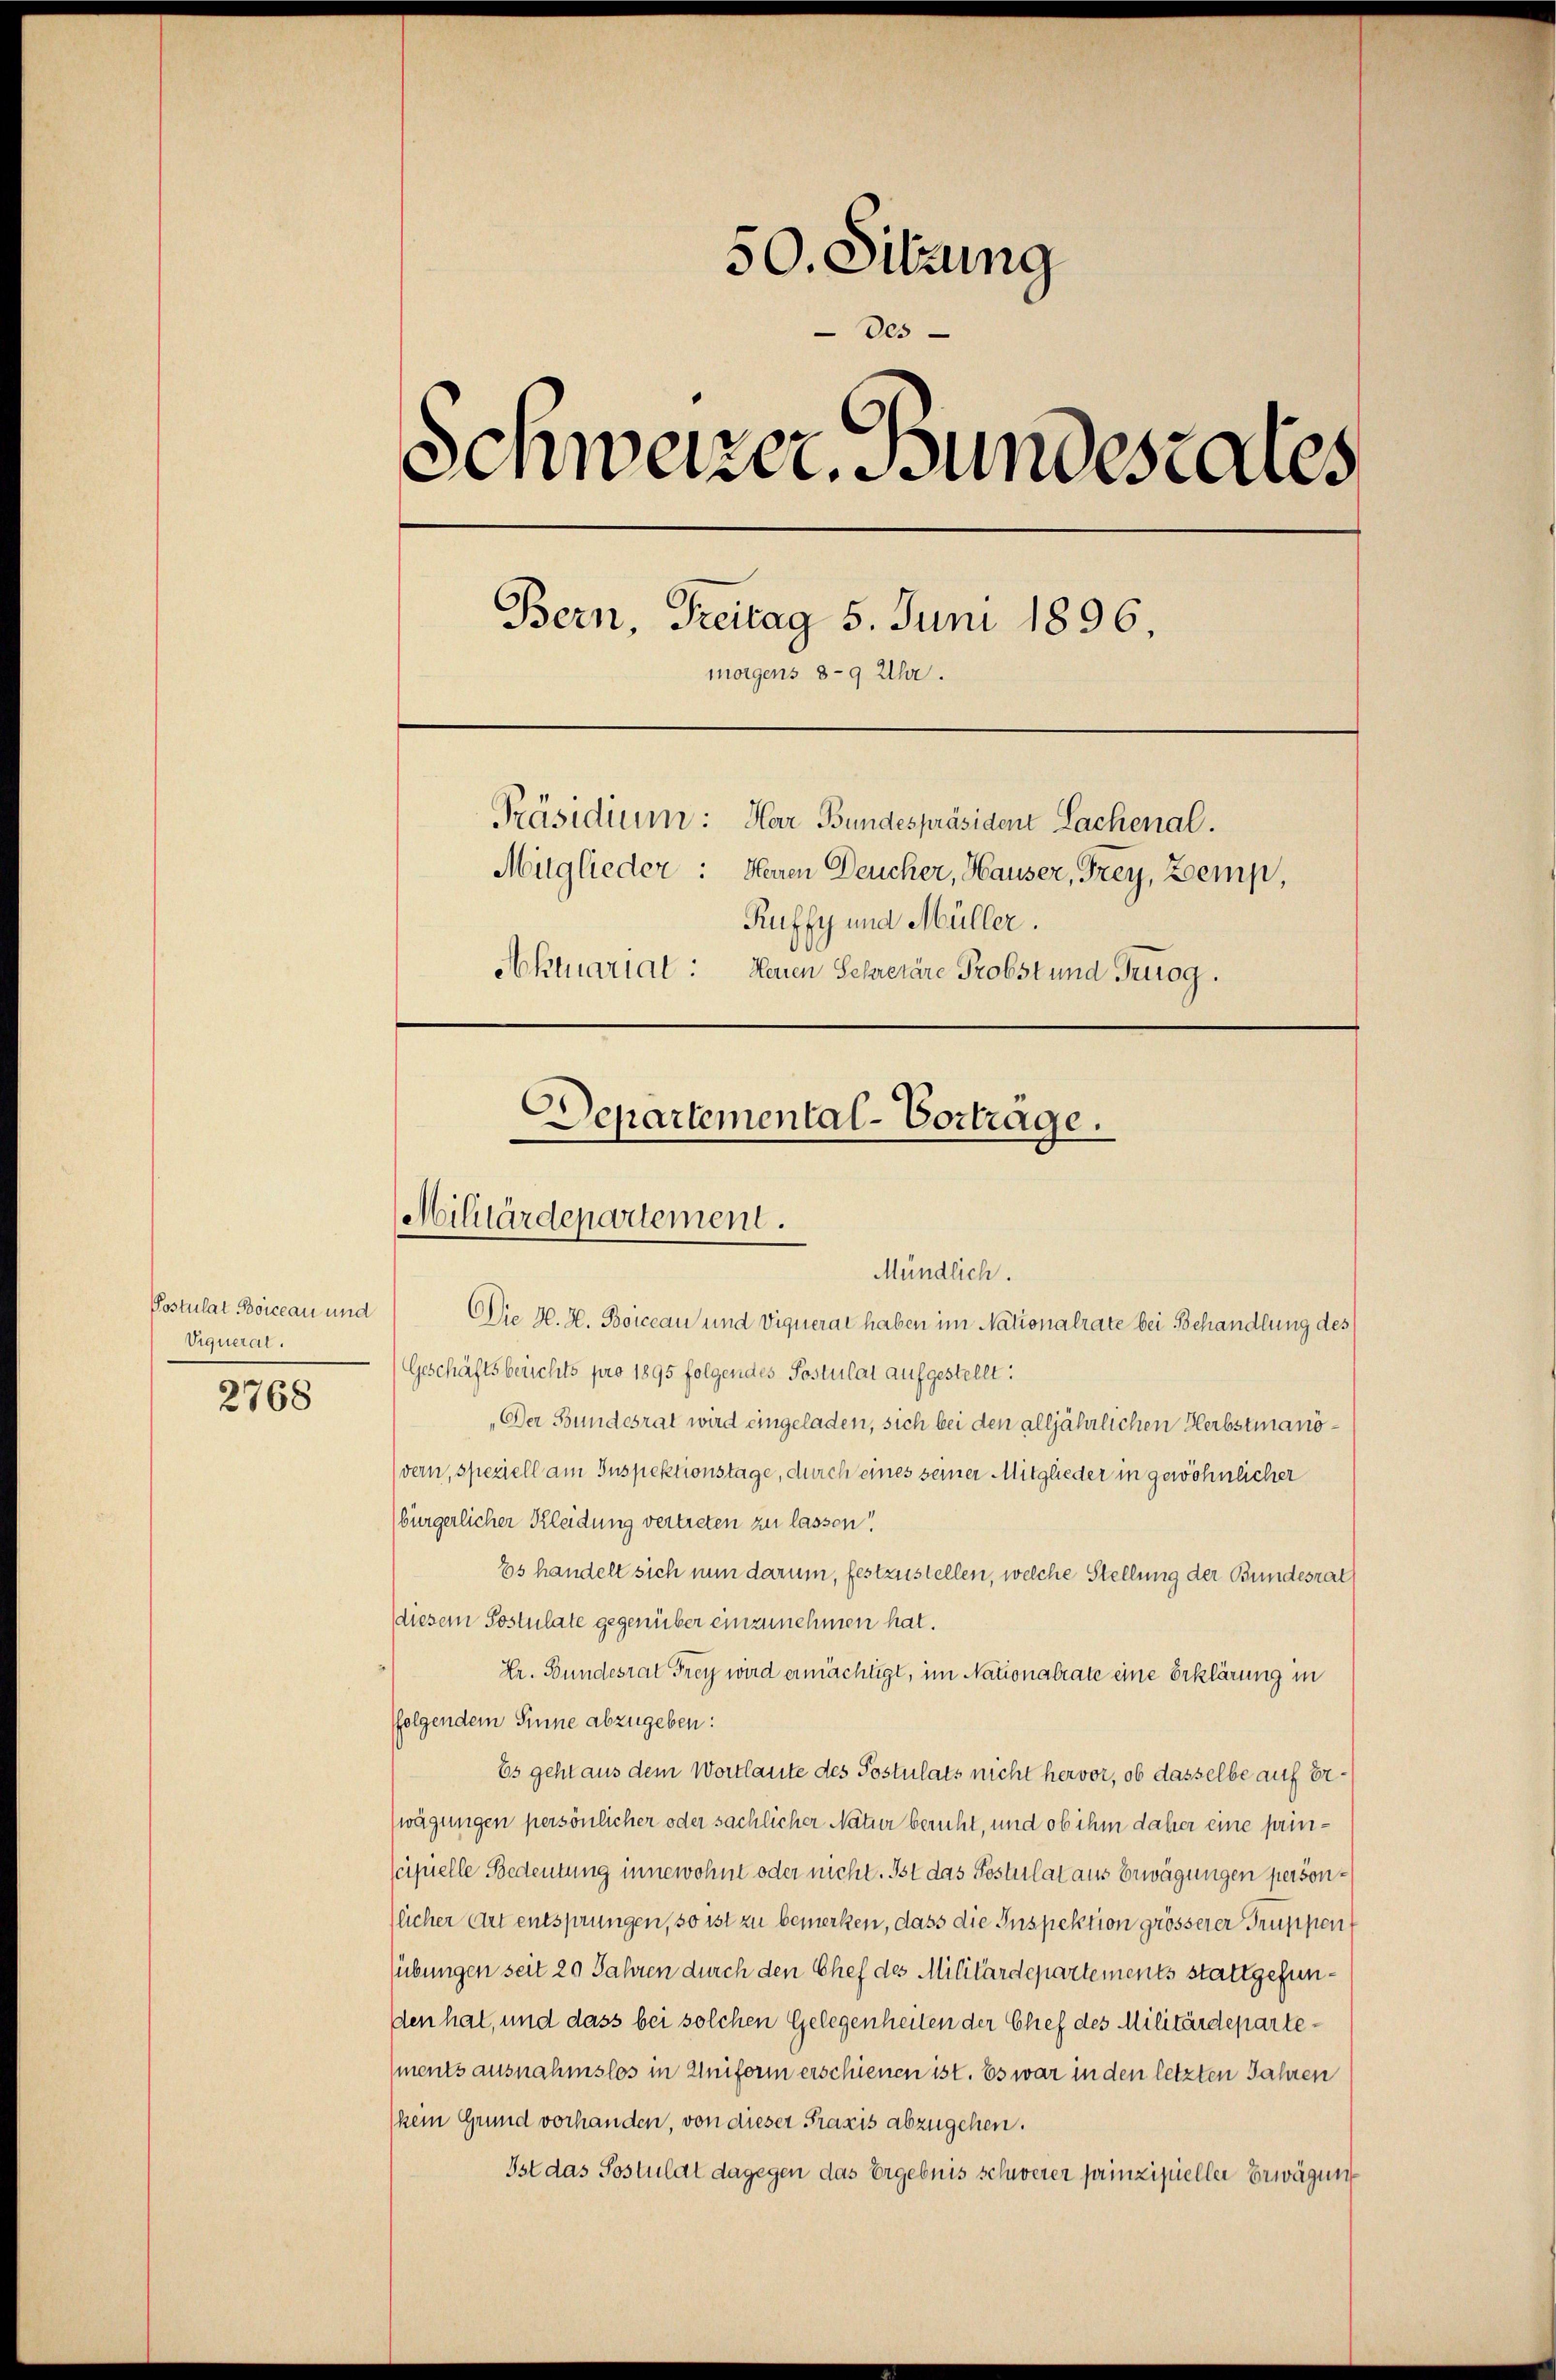
Postulat Boiceau und
Viqueral.
2768

50. Sitzung
Des
Schweizer. Bundesteres
Bern, Freitag 5. Juni 1896
morgens 8-9 Uhr.
Präsidium: Har Bundespräsident Sachenal.
Muglieder: Herren Deucher, Hauser, Frey, Zemp,
Ruffy und Müller.
Aktuariat: Neuen Schretäre Probst und Triog.
Departemental-Vortrage.

Militärdepartement.
Mündlich.

Die H. H. Boiceau und Viquerat haben im Nationalrate bei Behandlung des
Geschäftsberichts pro 1895 folgendes Postulat aufgestellt:
Der Bundesrat wird eingeladen, sich bei den alljährlichen Herbstmanövern, speziell am Inspektionstage, durch eines seiner Mitglieder in gewöhnlicher
bürgerlicher Kleidung vertreten zu lassen!
Es handelt sich nun darum, festzustellen, welche Stellung der Bundesrat
diesem Postulate gegenüber einzunehmen hat.
Dr. Bundesrat Frey wird ermächtigt, im Nationalrate eine Erklärung in
ffolgendem Sinne abzugeben:
Es geht aus dem Wortlaute des Postulats nicht hervor, ob dasselbe auf er
wägungen persönlicher oder sächlicher Natur beruht, und ob ihm daher eine prin¬
Scipielle Bedeutung innewohnt oder nicht. Ist das Postulat aus Erwägungen personslicher Art entsprungen, so ist zu bemerken, dass die Inspektion grösserer Truppen
übungen seit 20 Jahren durch den Chef des Militärdepartements stattgefunden hat, und dass bei solchen Gelegenheiten der Chef des Militärdepartements ausnahmslos in Uniform erschienen ist. Es war in den letzten Jahren
kein Grund vorhanden, von dieser Praxis abzugehen.
Ist das Sostulat dagegen das Ergebnis schwerer prinzipieller Erwägung